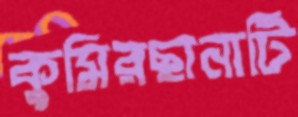
কুমিরছানাটি